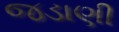
જડાણી